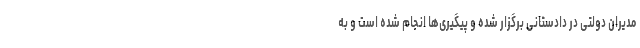
مدیران دولتی در دادستانی برگزار شده و پیگیری‌ها انجام شده است و به